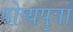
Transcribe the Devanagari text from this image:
पोष्यपुत्रों